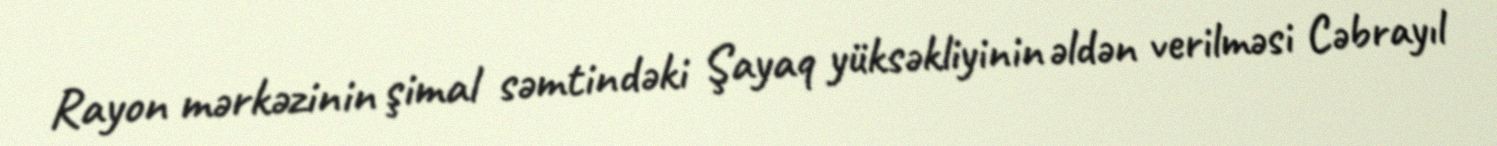
Rayon mərkəzinin şimal səmtindəki Şayaq yüksəkliyinin əldən verilməsi Cəbrayıl